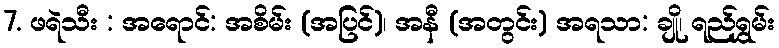
7. ဖရဲသီး : အရောင်: အစိမ်း (အပြင်)၊ အနီ (အတွင်း) အရသာ: ချို၊ ရည်ရွှမ်း